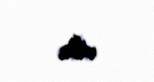
edir.